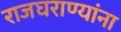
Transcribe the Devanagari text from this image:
राजघराण्यांना